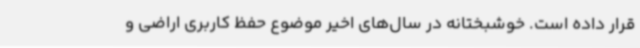
قرار داده است. خوشبختانه در سال‌های اخیر موضوع حفظ کاربری اراضی و